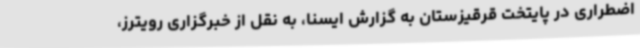
اضطراری در پایتخت قرقیزستان به گزارش ایسنا، به نقل از خبرگزاری رویترز،